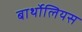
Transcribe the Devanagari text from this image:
बार्थोलियस